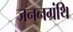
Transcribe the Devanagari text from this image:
जननग्रंथि